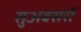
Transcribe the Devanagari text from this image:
सुअवसरों